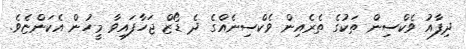
ދިފާއު ވެކްސިން ތަކުގެ ތެރެއިން ވެކްސިނެއްގެ ދެ ޑޯޒް ޖަހާފައިވާ މީހުން އެކަންޏެވެ.